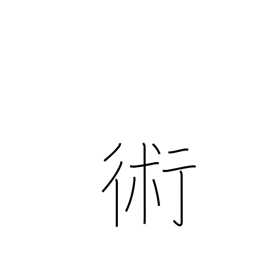
Meaning: art